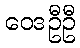
ဝေဒဦဦ